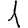
Digit: 1